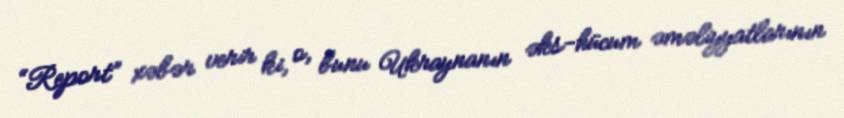
“Report” xəbər verir ki, o, bunu Ukraynanın əks-hücum əməliyyatlarının